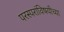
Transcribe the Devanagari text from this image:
परस्परांविषयीच्या